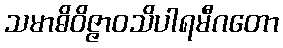
သမာဓိဝိဇ္ဇာဝသိပါရမီဂတော